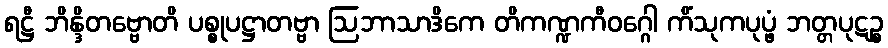
ရဋ္ဌီ ဘိန္ဒိတဗ္ဗောတိ ပစ္စုပဋ္ဌာတဗ္ဗာ ဩဘာသာဒိကေ တိကဏ္ဍကီဝဂ္ဂေါ ကိံသုကပုပ္ဖံ ဘတ္တပုဋဉ္စ